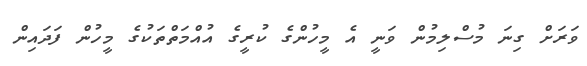
ވަރަށް ގިނަ މުސްލިމުން ވަނީ އެ މީހުންގެ ކުރީގެ އުއްމަތްތަކުގެ މީހުން ފަދައިން